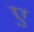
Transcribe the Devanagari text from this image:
ए़